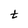
Character: t